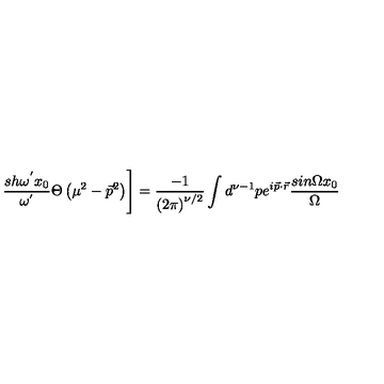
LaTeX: \left. \frac { s h { \omega } ^ { ' } x _ { 0 } } { { \omega } ^ { ' } } \Theta \left( { \mu } ^ { 2 } - { \vec { p } } ^ { 2 } \right) \right] = \frac { - 1 } { \left( 2 \pi \right) ^ { \nu / 2 } } \int d ^ { \nu - 1 } p e ^ { i \vec { p } \cdot \vec { r } } \frac { s i n \Omega x _ { 0 } } { \Omega }